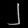
Digit: ၂